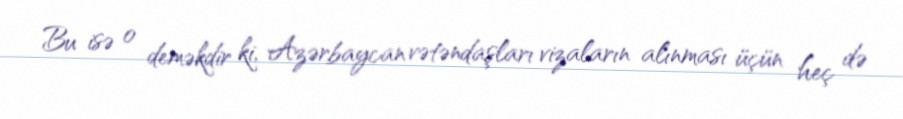
Bu isə o deməkdir ki, Azərbaycan vətəndaşları vizaların alınması üçün heç də